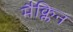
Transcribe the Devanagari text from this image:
मैक्लिन